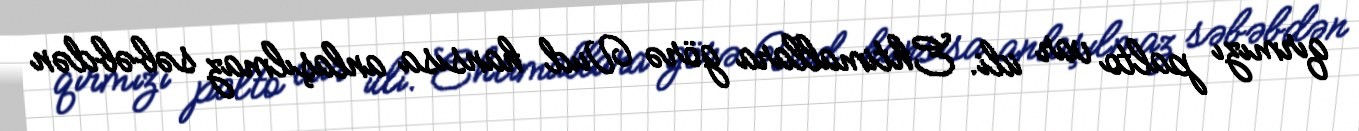
qırmızı palto var idi. Ehtimallara görə Vud hansısa anlaşılmaz səbəbdən